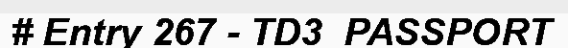
# Entry 267 - TD3_PASSPORT